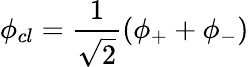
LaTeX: \phi_{cl}=\frac{1}{\sqrt{2}}(\phi_{+}+\phi_{-})